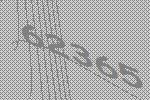
62365